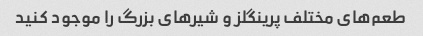
طعم‌های مختلف پرینگلز و شیرهای بزرگ را موجود کنید